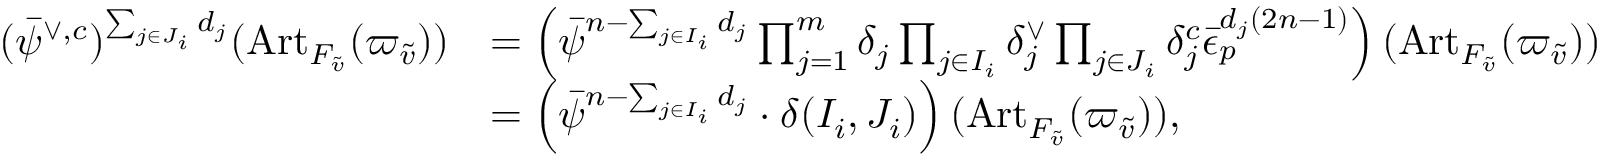
\begin{array} { r l } { ( \bar { \psi } ^ { \vee , c } ) ^ { \sum _ { j \in J _ { i } } d _ { j } } ( { \operatorname { A r t } } _ { F _ { \tilde { v } } } ( \varpi _ { \tilde { v } } ) ) } & { = \left( \bar { \psi } ^ { n - \sum _ { j \in I _ { i } } d _ { j } } \prod _ { j = 1 } ^ { m } \delta _ { j } \prod _ { j \in I _ { i } } \delta _ { j } ^ { \vee } \prod _ { j \in J _ { i } } \delta _ { j } ^ { c } \bar { \epsilon } _ { p } ^ { d _ { j } ( 2 n - 1 ) } \right) ( { \operatorname { A r t } } _ { F _ { \tilde { v } } } ( \varpi _ { \tilde { v } } ) ) } \\ & { = \left( \bar { \psi } ^ { n - \sum _ { j \in I _ { i } } d _ { j } } \cdot \delta ( I _ { i } , J _ { i } ) \right) ( { \operatorname { A r t } } _ { F _ { \tilde { v } } } ( \varpi _ { \tilde { v } } ) ) , } \end{array}